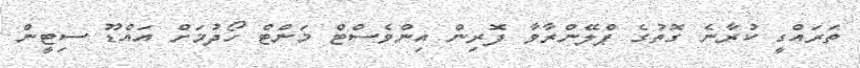
ތަރައްގީ ކުރާނެ ގޮތުގެ ޕްލޭންރާވާ ފޮރިން އިންވެސްޓް މަންޓް ހޯދުމަށް އައްޑޫ ސިޓީން